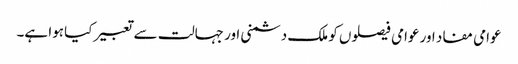
عوامی مفاد اور عوامی فیصلوں کو ملک دشمنی اور جہالت سے تعبیر کیا ہوا ہے۔